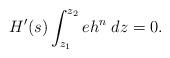
LaTeX: \begin{align*}H'(s)\int_{z_1}^{z_2} eh^n \;dz=0. \end{align*}